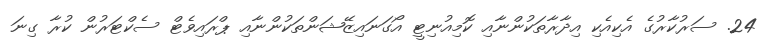
24. ސަރުކާރުގެ އެކިއެކި އިދާރާތަކުންނާއި ކޮމިއުނިޓީ އޯގަނައިޒޭޝަންތަކުންނާއި ޕްރައިވެޓް ސެކްޓަރުން ކުރާ ގިނަ